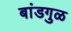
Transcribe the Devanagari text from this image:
बांडगुळ